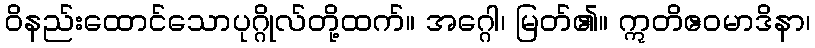
ဝိနည်းထောင်သောပုဂ္ဂိုလ်တို့ထက်။ အဂ္ဂေါ၊ မြတ်၏။ ဣတိဧဝမာဒိနာ၊